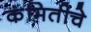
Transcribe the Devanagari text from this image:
कंमितीचे